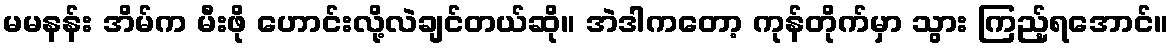
မမနန်း အိမ်က မီးဖို ဟောင်းလို့လဲချင်တယ်ဆို။ အဲဒါကတော့ ကုန်တိုက်မှာ သွား ကြည့်ရအောင်။